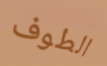
الطوف